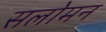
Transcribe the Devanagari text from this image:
सलोमन